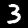
Digit: 3